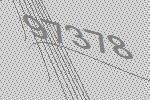
97378